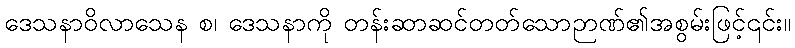
ဒေသနာဝိလာသေန စ၊ ဒေသနာကို တန်းဆာဆင်တတ်သောဉာဏ်၏အစွမ်းဖြင့်၎င်း။